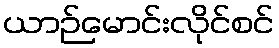
ယာဉ်မောင်းလိုင်စင်